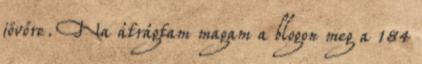
jövőre. Na átrágtam magam a blogon meg a 184